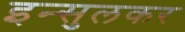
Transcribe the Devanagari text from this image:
इन्सुलकर